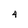
Character: 4